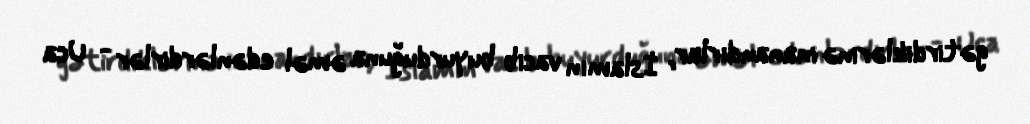
gətirdiklərinə inanandırlar, İslamın vacib buyurduğuna əməl edənlərdirlər - Uca